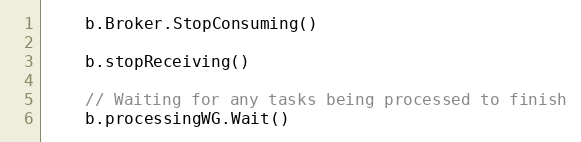
Language: Go
	b.Broker.StopConsuming()

	b.stopReceiving()

	// Waiting for any tasks being processed to finish
	b.processingWG.Wait()